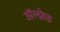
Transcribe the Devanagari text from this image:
अॅल्फ्रेड